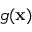
g ( \mathbf { x } )